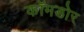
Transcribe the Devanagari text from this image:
कॉमडोर